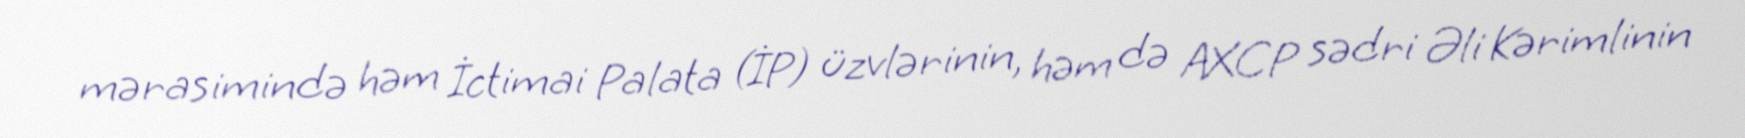
mərasimində həm İctimai Palata (İP) üzvlərinin, həm də AXCP sədri Əli Kərimlinin